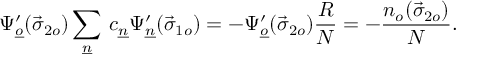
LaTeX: \Psi _ { \underline { { { o } } } } ^ { \prime } ( \vec { \sigma } _ { 2 o } ) \sum _ { \underline { { { n } } } } \, c _ { \underline { { { n } } } } \Psi _ { \underline { { { n } } } } ^ { \prime } ( \vec { \sigma } _ { 1 o } ) = - \Psi _ { \underline { { { o } } } } ^ { \prime } ( \vec { \sigma } _ { 2 o } ) \frac { R } { \cal N } = - \frac { n _ { o } ( \vec { \sigma } _ { 2 o } ) } { \cal N } .